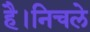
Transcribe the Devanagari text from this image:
है।निचले